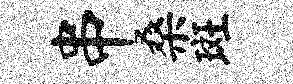
串桑斑